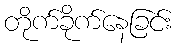
တိုက်ခိုက်နေခြင်း